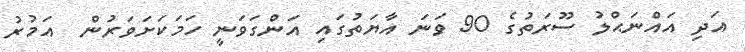
އަދި އައްނަޙްލު ސޫރަތުގެ 90 ވަނަ އާޔަތުގައި އަންގަވަނީ ހަމަކަށަވަރުން  އަމުރު